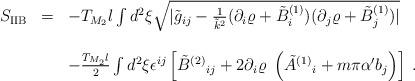
LaTeX: \begin{align*}\begin{array}{rcl}S_{{\rm IIB}} & = & -T_{M_2}l\int d^2\xi\sqrt{|{\tilde g}_{ij}-\frac{1}{{\tilde k}^2}(\partial_i \varrho+{\tilde B}^{(1)}_i)(\partial_j \varrho+{\tilde B}^{(1)}_j)|}\\& & \\& &-\frac{T_{M_2}l}{2}\int d^2\xi\epsilon^{ij}\left[\tilde{B}^{(2)}{}_{ij}+2\partial_{i}\varrho\ \left({\tilde A}^{(1)}{}_{i}+m\pi\alpha^{\prime} b_{j}\right)\right]\, .\\\end{array}\end{align*}